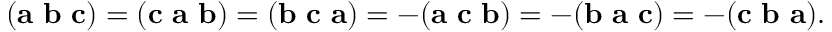
( \mathbf { a } \ \mathbf { b } \ \mathbf { c } ) = ( \mathbf { c } \ \mathbf { a } \ \mathbf { b } ) = ( \mathbf { b } \ \mathbf { c } \ \mathbf { a } ) = - ( \mathbf { a } \ \mathbf { c } \ \mathbf { b } ) = - ( \mathbf { b } \ \mathbf { a } \ \mathbf { c } ) = - ( \mathbf { c } \ \mathbf { b } \ \mathbf { a } ) .